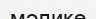
мәлике